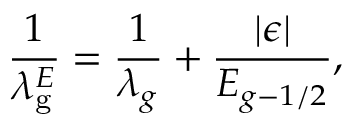
\frac { 1 } { { \lambda _ { \mathrm { { g } } } ^ { E } } } = \frac { 1 } { { { \lambda _ { g } } } } + \frac { { \left| { \boldsymbol { \epsilon } } \right| } } { { { E _ { g - 1 / 2 } } } } ,